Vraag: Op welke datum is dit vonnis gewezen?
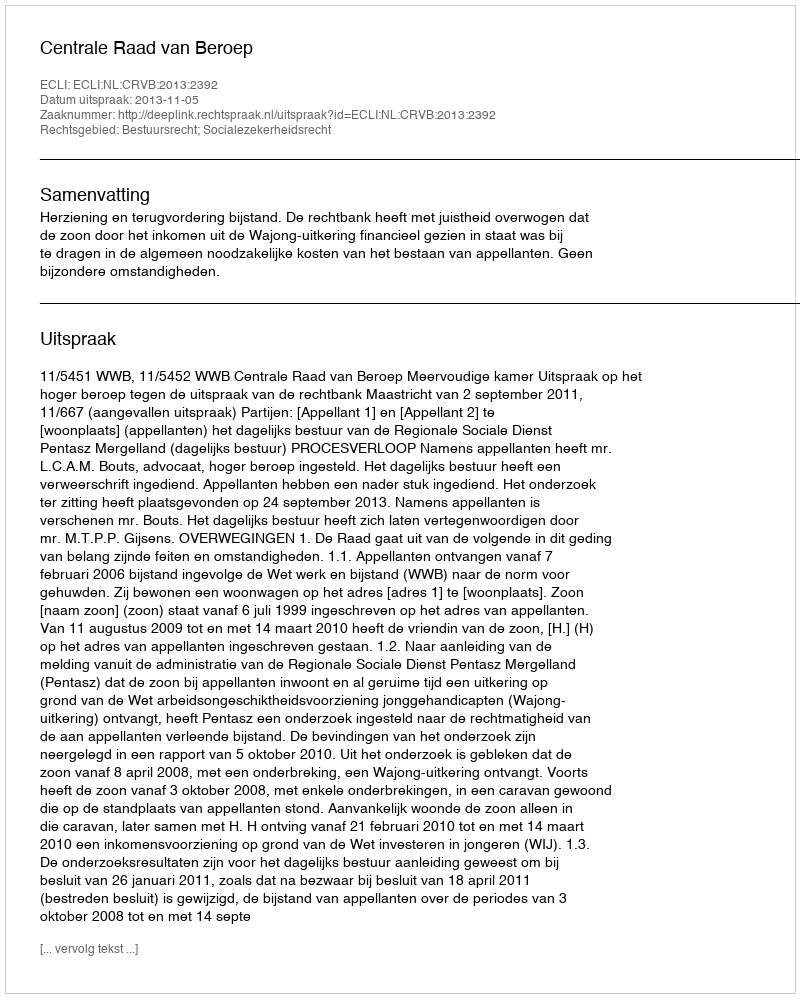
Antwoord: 2013-11-05